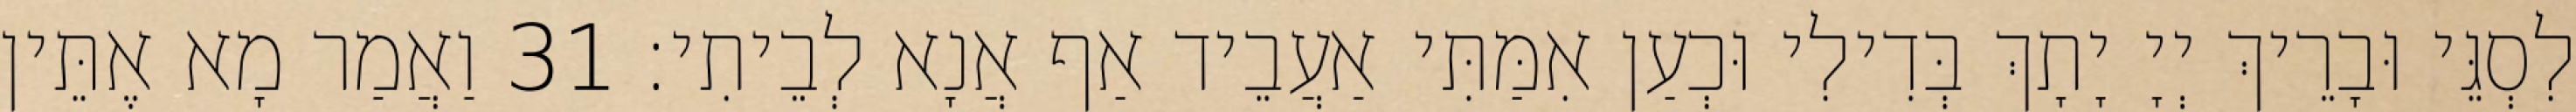
לִסְגֵּי וּבָרֵיךְ יְיָ יָתָךְ בְּדִילִי וּכְעַן אִמַּתִּי אַעֲבֵיד אַף אֲנָא לְבֵיתִי׃ 31 וַאֲמַר מָא אֶתֵּין